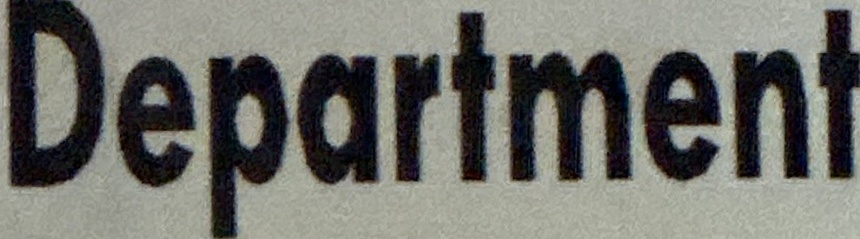
Department